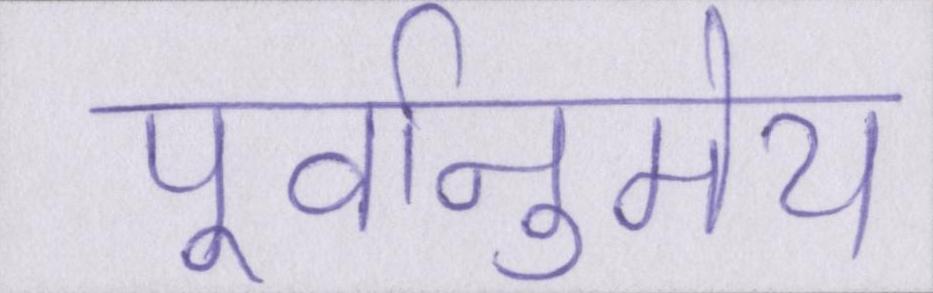
पूर्वानुमेय